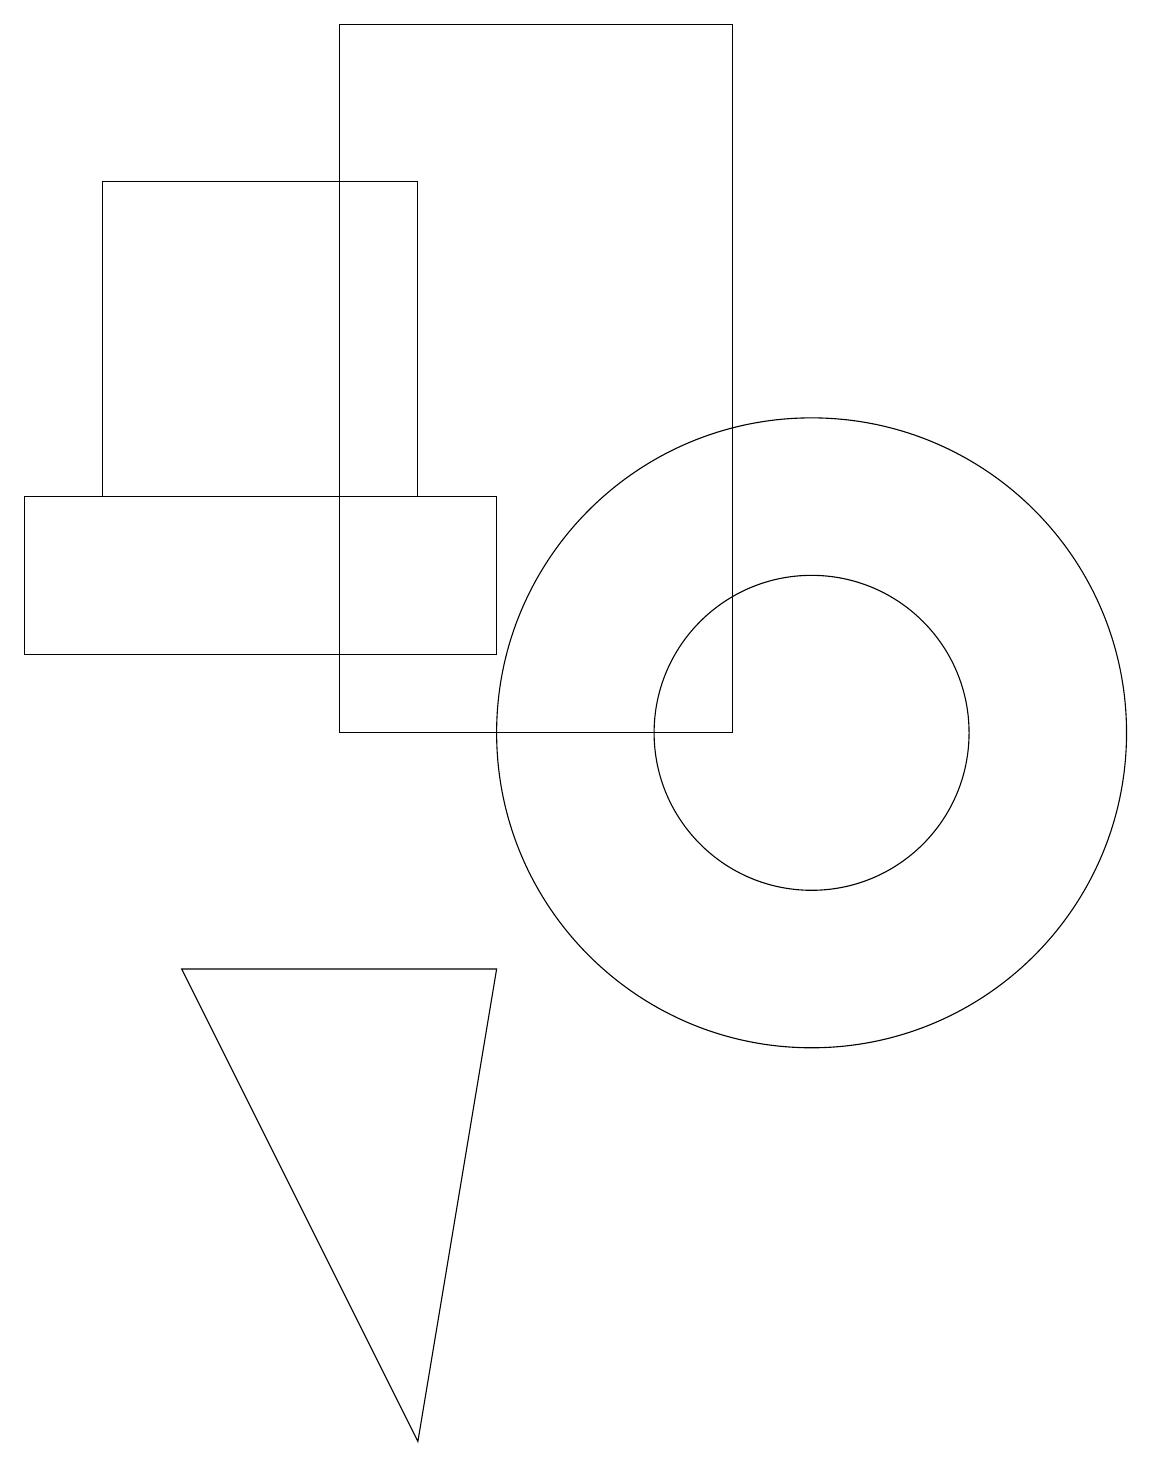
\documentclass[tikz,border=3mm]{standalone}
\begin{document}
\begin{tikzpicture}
\draw (6,7) -- (2,7) -- (5,1) -- cycle;
\draw (1,13) rectangle (5,17);
\draw (0,13) rectangle (6,11);
\draw (10,10) circle (4);
\draw (4,19) rectangle (9,10);
\draw (10,10) circle (2);
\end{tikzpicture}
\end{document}